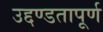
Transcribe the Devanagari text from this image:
उद्दण्डतापूर्ण